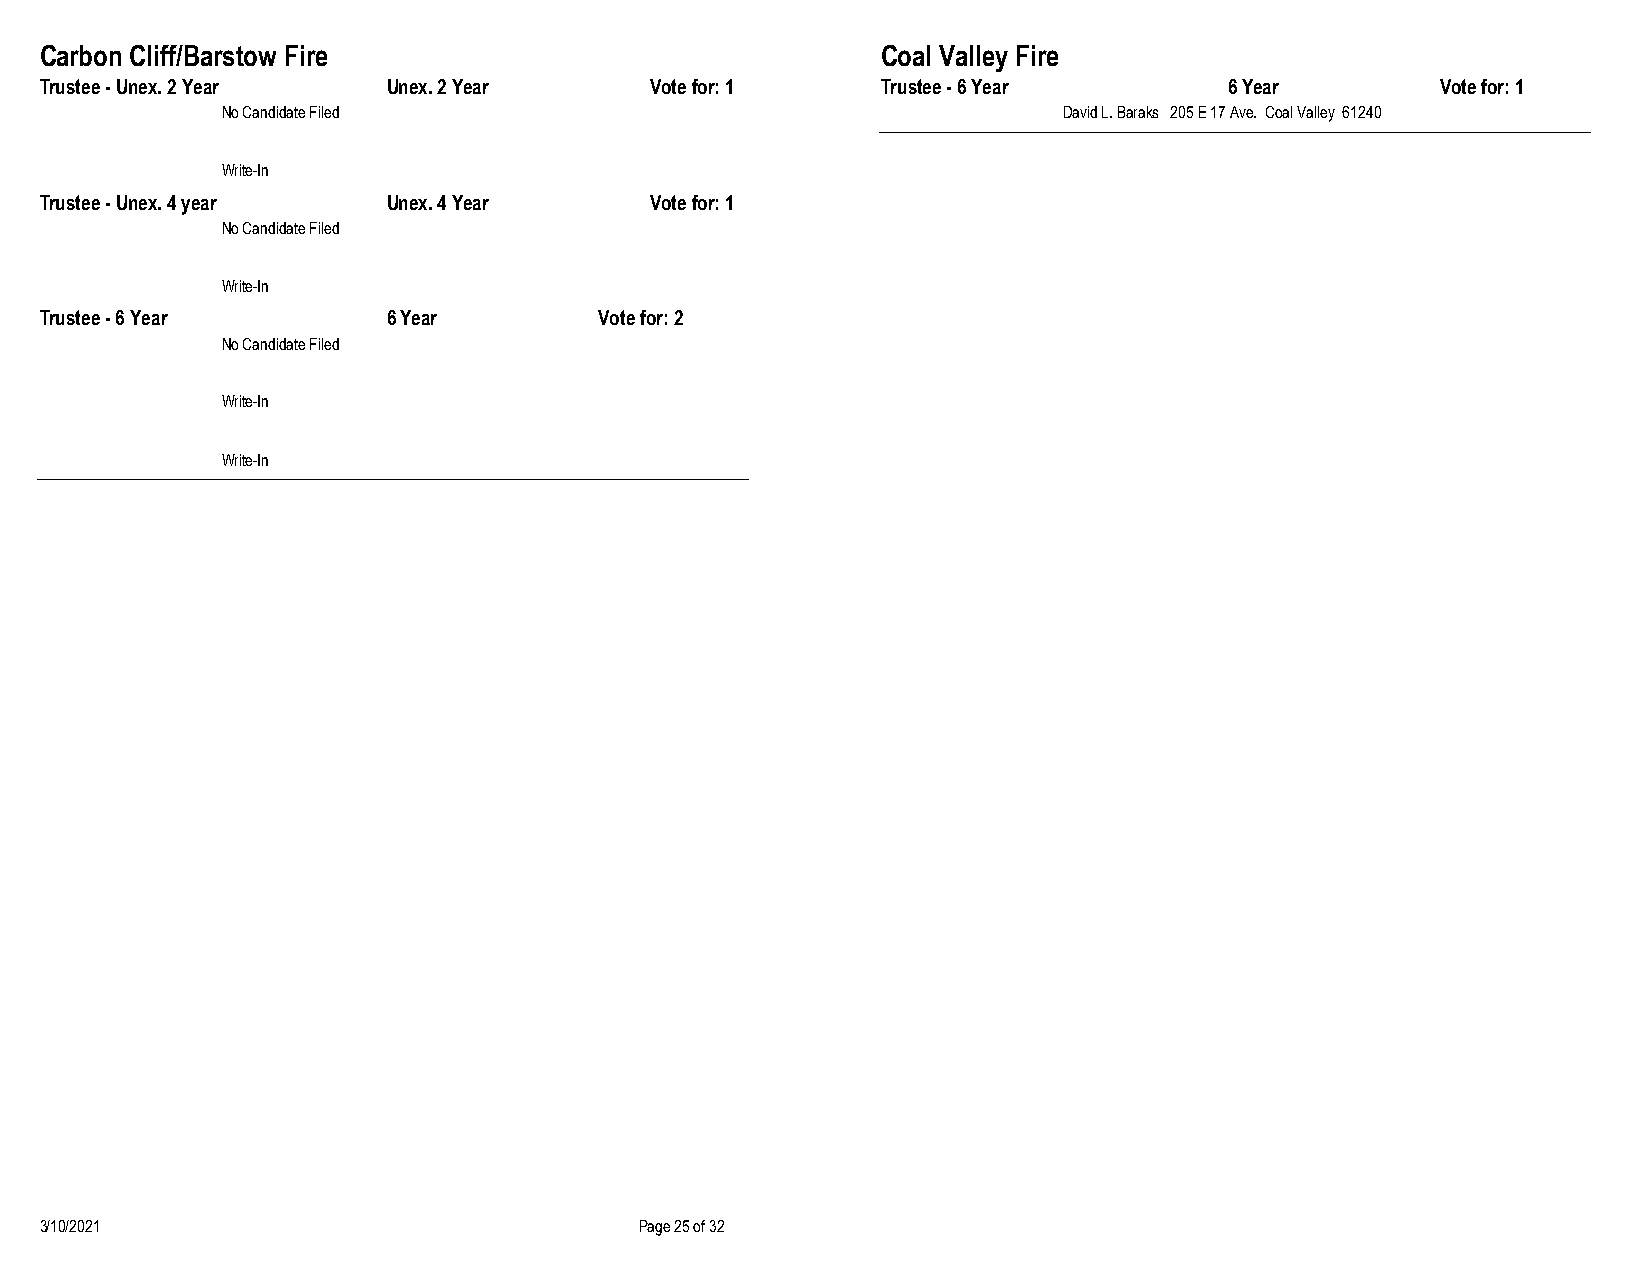
Carbon Cliff/Barstow Fire                              Coal Valley Fire
 Trustee - Unex. 2 Year Unex. 2 Year     Vote for: 1    Trustee - 6 Year       6 Year        Vote for: 1
 No Candidate Filed                                     David L. Baraks 205 E 17 Ave. Coal Valley 61240
 Write-In
 Trustee - Unex. 4 year Unex. 4 Year     Vote for: 1
 No Candidate Filed
 Write-In
 Trustee - 6 Year       6 Year        Vote for: 2
 No Candidate Filed
 Write-In
 Write-In
 3/10/2021                              Page 25 of 32